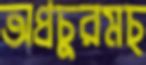
অপ্রচুরমচ্‌